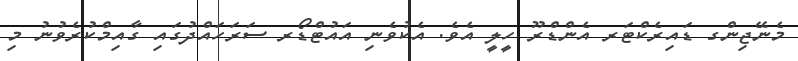
މެނޭޖިންގ ޑައިރެކްޓަރ އެންޑްރޫ ހީލީ އެވެ. އެކުވެނި އައުޓްޑޯރ ސަރަހައްދުގައި ގާއިމްކުރެވުނު މި